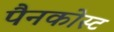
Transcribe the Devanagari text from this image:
पैनकोस्ट